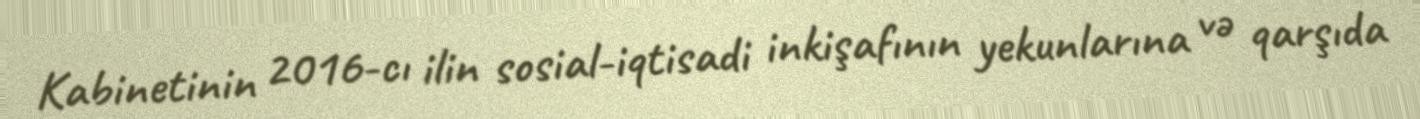
Kabinetinin 2016-cı ilin sosial-iqtisadi inkişafının yekunlarına və qarşıda